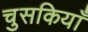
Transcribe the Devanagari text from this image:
चुसकियाँ